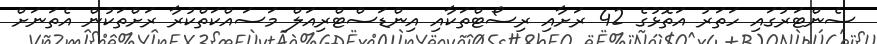
ސެންޓަރުގައި ހަތަރު އަތޮޅުގެ 42 ރަށާއި ރިސޯޓްތަކާއި އިންޑަސްޓްރިއަލް މަސައްކަތްކުރާ ރަށްތަކުން އެތަނަށް